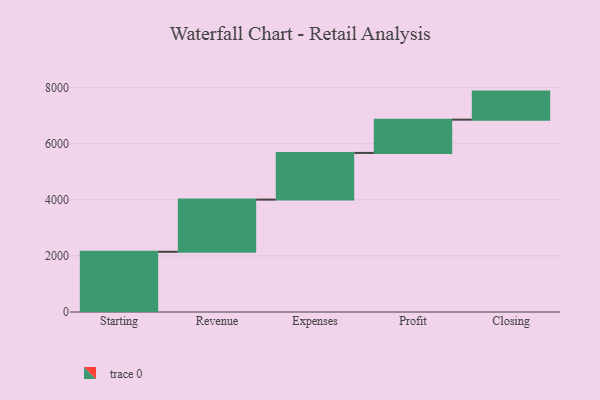
{"axis": {"x": "Step", "y": "Value"}, "legend": [""], "data": [{"x": "Starting", "y": 2146.0, "type": ""}, {"x": "Revenue", "y": 1859.0, "type": ""}, {"x": "Expenses", "y": 1664.0, "type": ""}, {"x": "Profit", "y": 1185.0, "type": ""}, {"x": "Closing", "y": 1000, "type": ""}]}